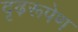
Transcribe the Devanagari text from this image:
दृढ़रूपेण